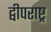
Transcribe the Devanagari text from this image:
द्वीपराष्ट्र